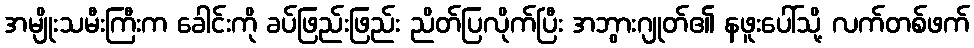
အမျိုးသမီးကြီးက ခေါင်းကို ခပ်ဖြည်းဖြည်း ညိတ်ပြလိုက်ပြီး အဘွားဂျုတ်၏ နဖူးပေါ်သို့ လက်တစ်ဖက်